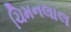
ચિમનલાલ